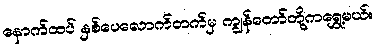
နောက်ထပ် နှစ်ပေလောက်တက်မှ ကျွန်တော်တို့ကရွှေ့မယ်။